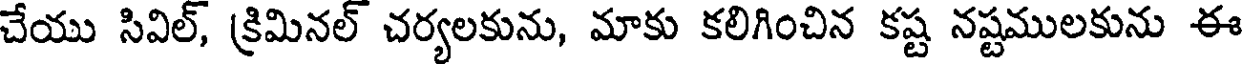
చేయు సివిల్, క్రిమినల్ చర్యలకును, మాకు కలిగించిన కష్ట నష్టములకును ఈ